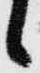
候